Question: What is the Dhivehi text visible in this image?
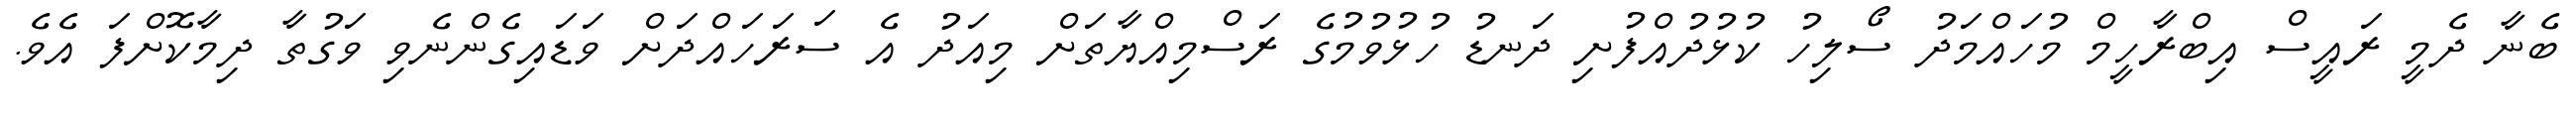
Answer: ބެނާ ދެމީ ރައީސް އިބްރާހީމް މުހައްމަދު ސޯލިހު ކުޅުދުއްފުށި ދަނޑު ހުޅުވުމުގެ ރަސްމިއްޔާތަށް މިއަދު އެ ސަރަހައްދަށް ވަޑައިގެންނެވި ވަގުތާ ދިމާކޮށްފަ އެވެ.